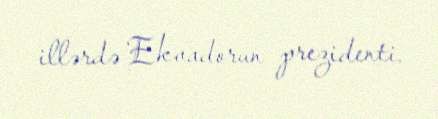
illərdə Ekvadorun prezidenti.